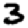
Digit: 3